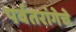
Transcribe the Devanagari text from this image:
पर्वतरांगेचे